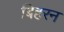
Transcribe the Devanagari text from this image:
बिहरन